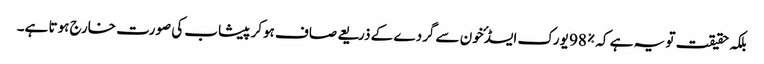
بلکہ حقیقت تو یہ ہے کہ %98 یورک ایسڈ ٴخون سے گردے کے ذریعے صاف ہوکر پیشاب کی صورت خارج ہوتا ہے۔